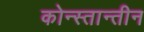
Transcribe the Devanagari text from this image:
कोन्स्तान्तीन